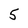
Character: 5